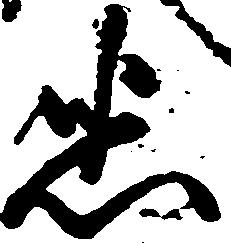
悉